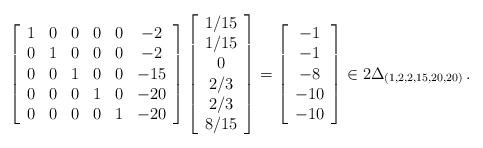
LaTeX: \begin{align*}\left[\begin{array}{cccccc}1 & 0 & 0 & 0 & 0 & -2 \\0 & 1 & 0 & 0 & 0 & -2 \\0 & 0 & 1 & 0 & 0 & -15 \\0 & 0 & 0 & 1 & 0 & -20 \\0 & 0 & 0 & 0 & 1 & -20 \end{array}\right] \left[\begin{array}{c}1/15 \\1/15 \\0 \\2/3 \\2/3 \\8/15\end{array}\right]=\left[\begin{array}{c}-1 \\-1 \\-8 \\-10 \\-10\end{array}\right]\in 2\Delta_{(1,2,2,15,20,20)} \, .\end{align*}